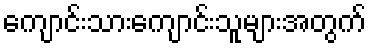
ကျောင်းသားကျောင်းသူများအတွက်